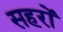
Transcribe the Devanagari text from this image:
सहरों